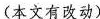
(本文有改动)